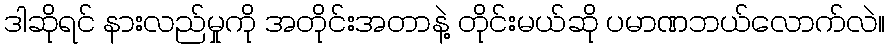
ဒါဆိုရင် နားလည်မှုကို အတိုင်းအတာနဲ့ တိုင်းမယ်ဆို ပမာဏဘယ်လောက်လဲ။